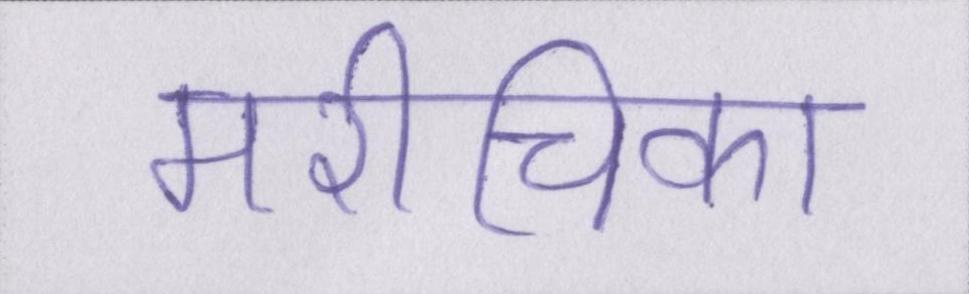
मरीचिका